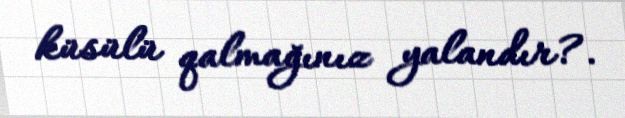
küsülü qalmağınız yalandır?.